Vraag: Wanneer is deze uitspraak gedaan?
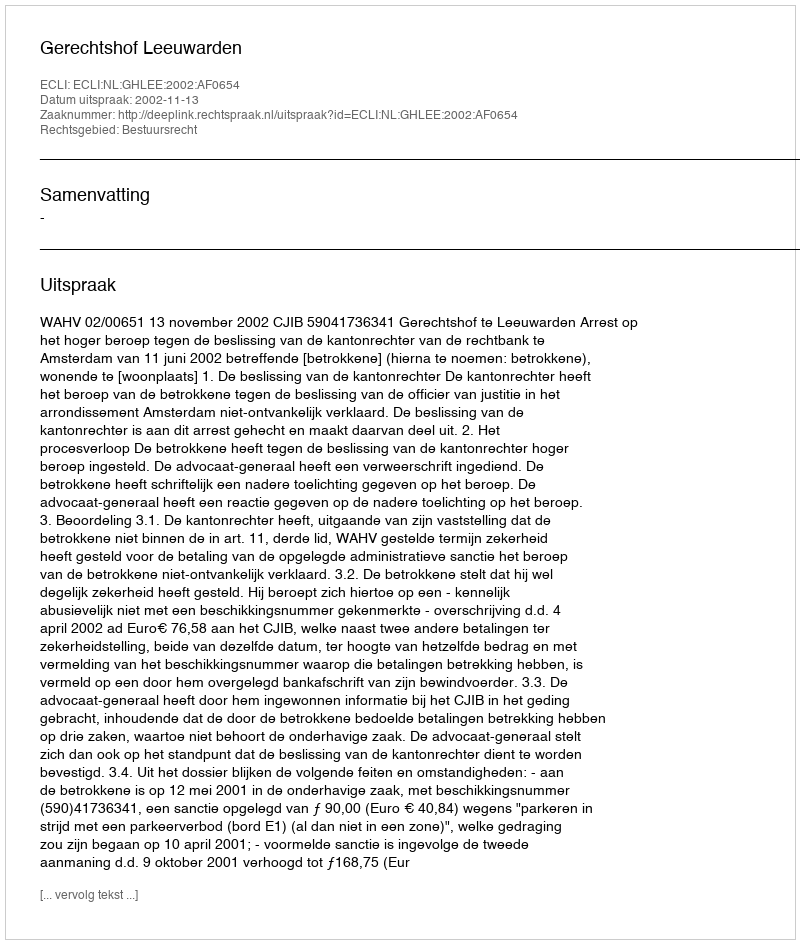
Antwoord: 2002-11-13